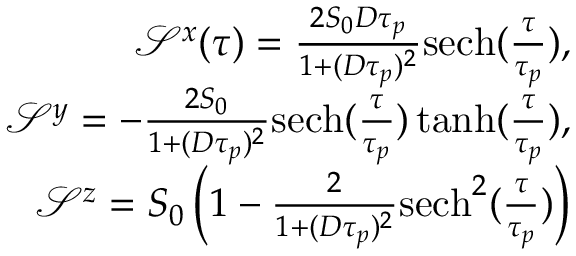
\begin{array} { r } { \mathcal { S } ^ { x } ( \tau ) = \frac { 2 S _ { 0 } D \tau _ { p } } { 1 + ( D \tau _ { p } ) ^ { 2 } } \mathrm { s e c h } ( \frac { \tau } { \tau _ { p } } ) , } \\ { \mathcal { S } ^ { y } = - \frac { 2 S _ { 0 } } { 1 + ( D \tau _ { p } ) ^ { 2 } } \mathrm { s e c h } ( \frac { \tau } { \tau _ { p } } ) \operatorname { t a n h } ( \frac { \tau } { \tau _ { p } } ) , } \\ { \mathcal { S } ^ { z } = S _ { 0 } \left( 1 - \frac { 2 } { 1 + ( D \tau _ { p } ) ^ { 2 } } \mathrm { s e c h } ^ { 2 } ( \frac { \tau } { \tau _ { p } } ) \right) } \end{array}